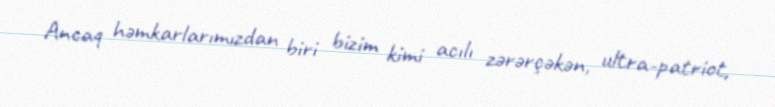
Ancaq həmkarlarımızdan biri bizim kimi acılı zərərçəkən, ultra-patriot,